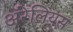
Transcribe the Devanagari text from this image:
ॲरेलियस